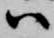
ハ